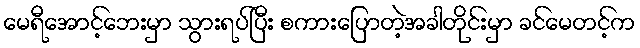
မေရီအောင့်ဘေးမှာ သွားရပ်ပြီး စကားပြောတဲ့အခါတိုင်းမှာ ခင်မေတင့်က